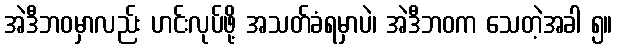
အဲဒီဘဝမှာလည်း ဟင်းလုပ်ဖို့ အသတ်ခံရမှာပဲ၊ အဲဒီဘဝက သေတဲ့အခါ ၅။